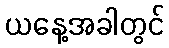
ယနေ့အခါတွင်